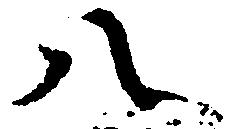
八